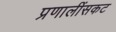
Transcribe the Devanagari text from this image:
प्रणालींसकट